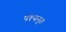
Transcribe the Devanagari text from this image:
पश्यन्॥